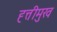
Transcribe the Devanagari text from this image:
ह्त्तीमुख